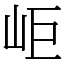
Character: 岠